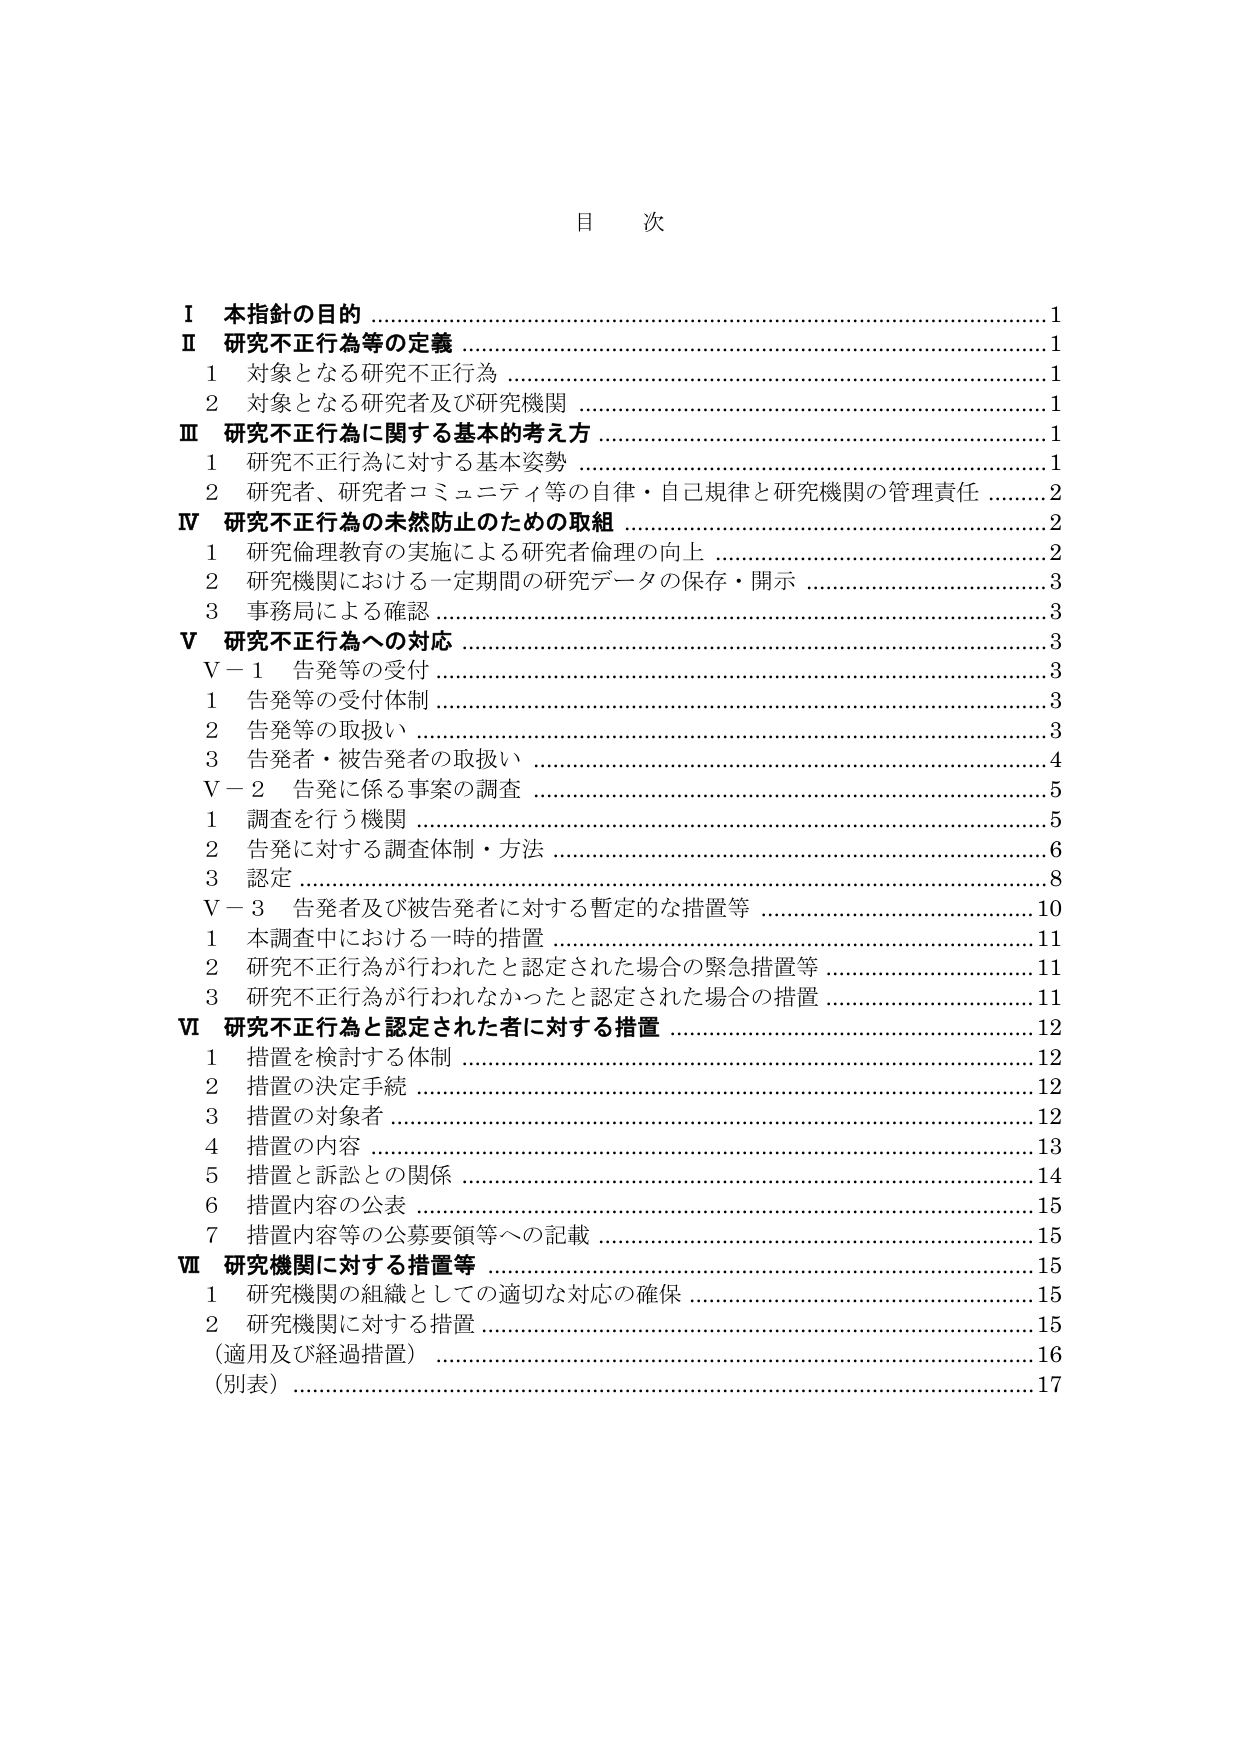
目 次

Ⅰ 本指針の目的 ………………………………………………………………………… 1
Ⅱ 研究不正行為等の定義 ……………………………………………………………… 1
　1 対象となる研究不正行為 ………………………………………………………… 1
　2 対象となる研究者及び研究機関 ………………………………………………… 1
Ⅲ 研究不正行為に関する基本的考え方 …………………………………………… 1
　1 研究不正行為に対する基本姿勢 ………………………………………………… 1
　2 研究者、研究者コミュニティ等の自律・自己規律と研究機関の管理責任 …… 2
Ⅳ 研究不正行為の未然防止のための取組 ………………………………………… 2
　1 研究倫理教育の実施による研究者倫理の向上 ………………………………… 2
　2 研究機関における一定期間の研究データの保存・開示 ……………………… 3
　3 事務局による確認 ………………………………………………………………… 3
Ⅴ 研究不正行為への対応 …………………………………………………………… 3
　Ⅴ－1 告発等の受付 ………………………………………………………………… 3
　　1 告発等の受付体制 ……………………………………………………………… 3
　　2 告発等の取扱い ………………………………………………………………… 3
　　3 告発者・被告発者の取扱い …………………………………………………… 4
　Ⅴ－2 告発に係る事案の調査 ……………………………………………………… 5
　　1 調査を行う機関 ………………………………………………………………… 5
　　2 告発に対する調査体制・方法 ………………………………………………… 6
　　3 認定 ……………………………………………………………………………… 8
　Ⅴ－3 告発者及び被告発者に対する暫定的な措置等 …………………………… 10
　　1 本調査中における一時的措置 ………………………………………………… 11
　　2 研究不正行為が行われたと認定された場合の緊急措置等 …………………… 11
　　3 研究不正行為が行われなかったと認定された場合の措置 …………………… 11
Ⅵ 研究不正行為と認定された者に対する措置 …………………………………… 12
　1 措置を検討する体制 ……………………………………………………………… 12
　2 措置の決定手続 ………………………………………………………………… 12
　3 措置の対象者 …………………………………………………………………… 12
　4 措置の内容 ……………………………………………………………………… 13
　5 措置と訴訟との関係 ……………………………………………………………… 14
　6 措置内容の公表 ………………………………………………………………… 15
　7 措置内容等の公募要領等への記載 …………………………………………… 15
Ⅶ 研究機関に対する措置等 ………………………………………………………… 15
　1 研究機関の組織としての適切な対応の確保 ………………………………… 15
　2 研究機関に対する措置 ………………………………………………………… 15
　　（適用及び経過措置） …………………………………………………………… 16
　　（別表） ………………………………………………………………………… 17